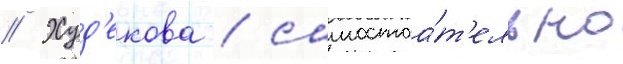
// Худ'екова / самостоа́т'ельно